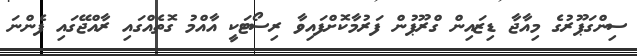
ސިންގަޕޫރުގެ މިއާޖާ ޑިޒައިން ގްރޫޕުން ފަރުމާކޮށްފައިވާ ރިސޯޓަކީ އާއްމު ގޮތެއްގައި ރާއްޖޭގައި ފެންނަ